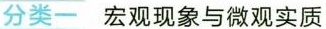
分类一 宏观现象与微观实质